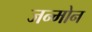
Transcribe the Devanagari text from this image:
जन्मोन